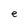
Character: e